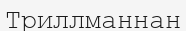
Триллманнан